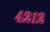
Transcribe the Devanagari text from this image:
४२१२